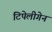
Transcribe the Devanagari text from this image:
टिपेलीगेन